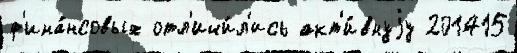
ф'ина́нсовых отл'ичи́л'ись акт'и́внуjу 201415